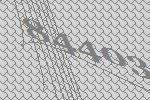
84403